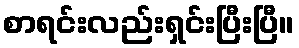
စာရင်းလည်းရှင်းပြီးပြီ။